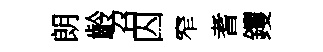
朗齡召囚窄耆钁